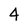
Character: 4